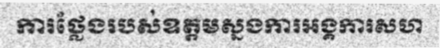
ការថ្លែងរបស់ឧត្តមស្នងការអង្គការសហ